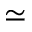
\simeq